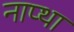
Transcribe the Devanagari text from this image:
नाप्था